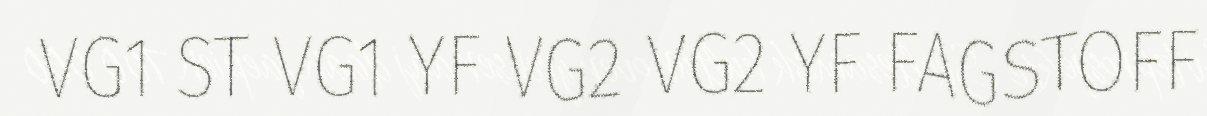
VG1 ST VG1 YF VG2 VG2 YF FAGSTOFF